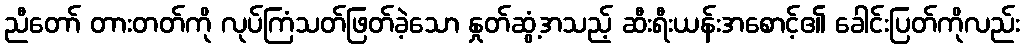
ညီတော် တားတတ်ကို လုပ်ကြံသတ်ဖြတ်ခဲ့သော နှုတ်ဆွံ့အသည့် ဆီးရီးယန်းအစောင့်၏ ခေါင်းပြတ်ကိုလည်း